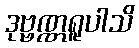
ဒုဗ္ဗဏ္ဏရူပါသိ